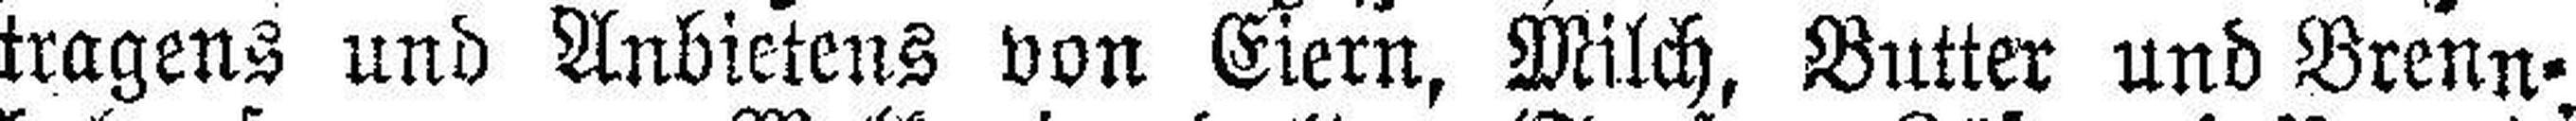
tragens und Anbietens von Eiern, Milch, Butter und Brenn¬,